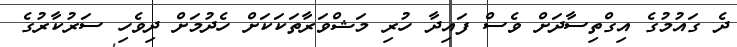
ދެ ގައުމުގެ އިގްތިސާދަށް ވެސް ފައިދާ ހުރި މަޝްވަރާތަކަކަށް ހެދުމަށް ދިވެހި ސަރުކާރުގެ